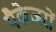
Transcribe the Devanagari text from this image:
पैकेजरों